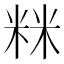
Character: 𥹫